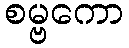
စမ္ဗကော